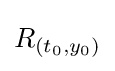
R_{(t_{0},y_{0})}